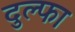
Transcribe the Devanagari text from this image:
दुल्‍फा